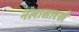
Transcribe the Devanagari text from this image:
नलासारखे